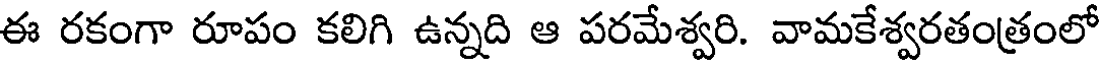
ఈ రకంగా రూపం కలిగి ఉన్నది ఆ పరమేశ్వరి. వామకేశ్వరతంత్రంలో